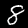
Digit: 8